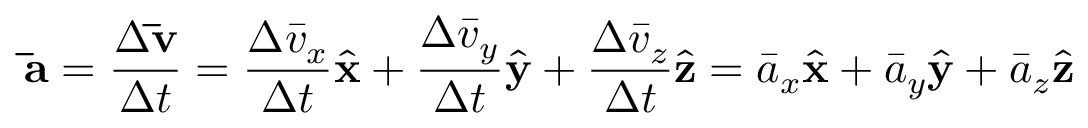
\mathbf { \bar { a } } = { \frac { \Delta \mathbf { \bar { v } } } { \Delta t } } = { \frac { \Delta { \bar { v } } _ { x } } { \Delta t } } { \hat { \mathbf { x } } } + { \frac { \Delta { \bar { v } } _ { y } } { \Delta t } } { \hat { \mathbf { y } } } + { \frac { \Delta { \bar { v } } _ { z } } { \Delta t } } { \hat { \mathbf { z } } } = { \bar { a } } _ { x } { \hat { \mathbf { x } } } + { \bar { a } } _ { y } { \hat { \mathbf { y } } } + { \bar { a } } _ { z } { \hat { \mathbf { z } } }